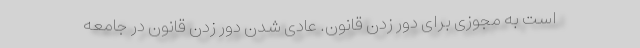
است به مجوزی برای دور زدن قانون. عادی شدن دور زدن قانون در جامعه